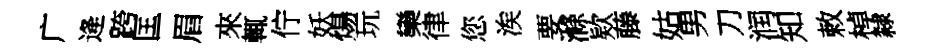
广逄跨匡眉來輒佇妖煬玩欒律您涘要滌欵藤姑男刀润知敕棹隸